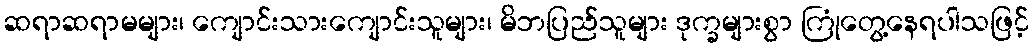
ဆရာဆရာမများ၊ ကျောင်းသားကျောင်းသူများ၊ မိဘပြည်သူများ ဒုက္ခများစွာ ကြုံတွေ့နေရပါသဖြင့်